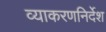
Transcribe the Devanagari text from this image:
व्याकरणनिर्देश